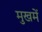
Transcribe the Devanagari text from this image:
मुखमें